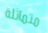
متماثلة